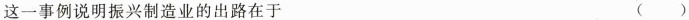
这一事例说明振兴制造业的出路在于 ( )